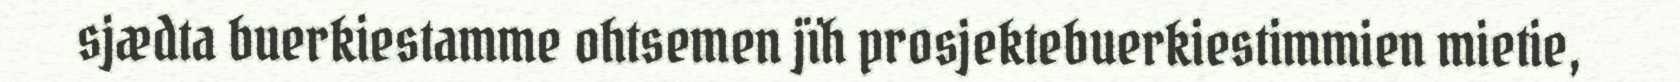
sjædta buerkiestamme ohtsemen jïh prosjektebuerkiestimmien mietie,